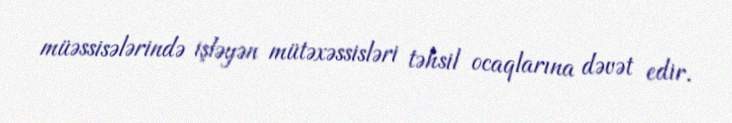
müəssisələrində işləyən mütəxəssisləri təhsil ocaqlarına dəvət edir.